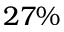
2 7 \%